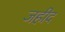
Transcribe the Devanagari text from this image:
जहीद